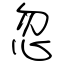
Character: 忽